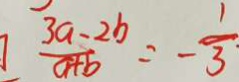
\frac { 3 a - 2 b } { a + b } = - \frac { 1 } { 3 } \cdot